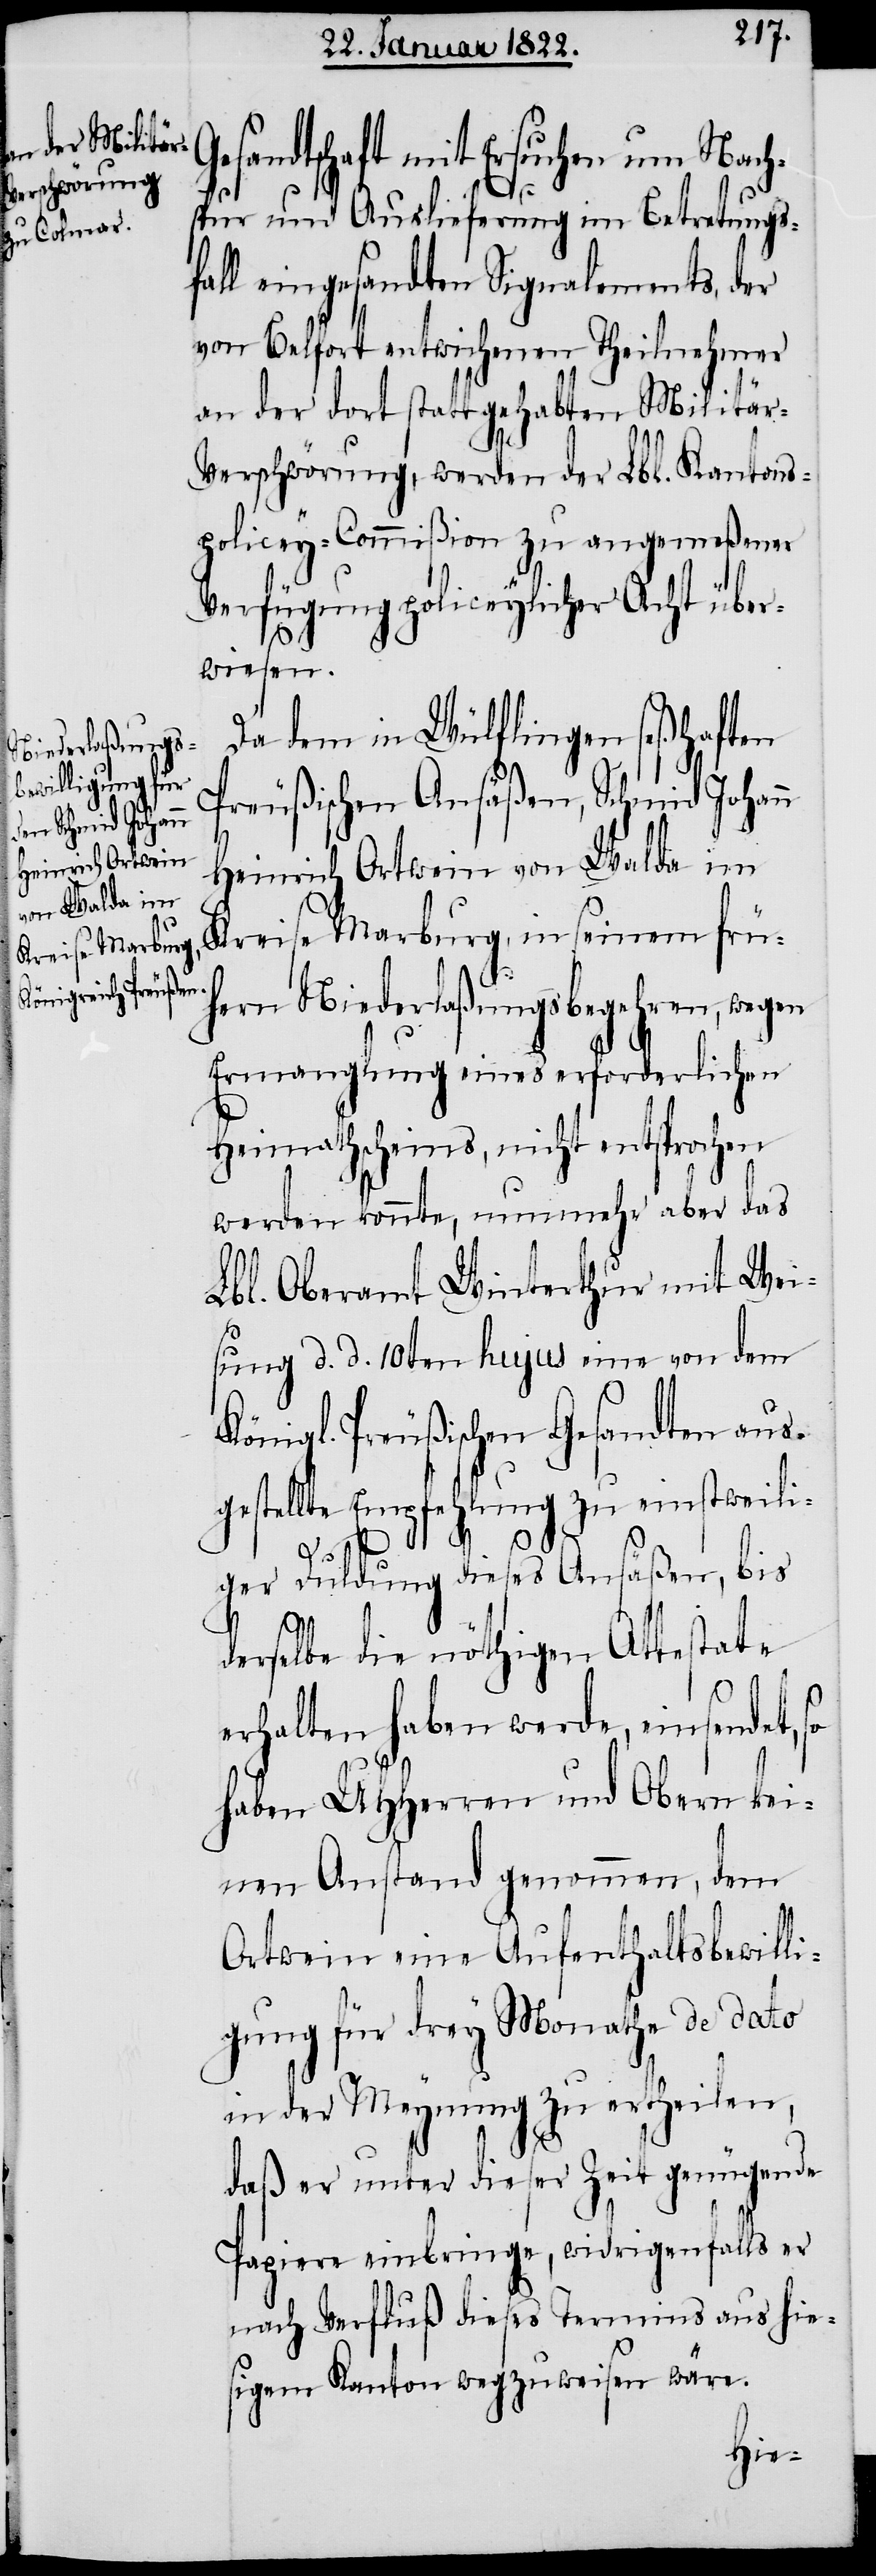
Gesandtschaft mit Ersuchen um Nach¬
spur und Auslieferung im Betretungs¬
fall eingesandten Signalements, der
von Belfort entwichenen Theilnehmer
an der dort stattgehabten Militär-V¬
erschwörung, werden der Lbl. Kantons¬
policey-Commißion zu angemeßener
Verfügung policeylicher Acht über¬
wiesen.
Da dem in Wülflingen seßhaften
Preußischen Ansäßen, Schmid Johann
Heinrich Ortwein
von Walda im
Kreise Marburg, in seinem frü¬
hern Niederlaßungsbegehren, wegen
Ermangelung eines erforderlichen
Heimathscheins, nicht entsprochen
werden konnte, nunmehr aber das
Lbl. Oberamt Winterthur mit Wei¬
sung d. d. 10ten hujus eine von dem
Königl. Preußischen Gesandten aus¬
gestellte Empfehlung zu einstweili¬
ger Duldung dieses Ansäßen, bis
derselbe die nöthigen Attestate
erhalten haben werde, einsendet,
haben UHHerren und Obern kei¬
nen Anstand genommen, dem
Ortwein eine Aufenthaltsbewilli¬
gung für drey Monathe de dato
in der Meynung zu ertheilen,
daß er unter dieser Zeit genügende
Papiere einbringe, widrigenfalls er
nach Verfluß dieses Termins aus hie¬
sigem Kanton wegzuweisen wäre.